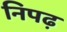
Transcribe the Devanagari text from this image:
निपढ़